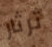
ثرثار